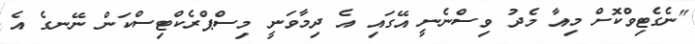
"ނެގެޓިވްކޮށް މިއާ މެދު ވިސްނެނީ އޭގައި އެ ދިމާވަނީ މިސްޕްރެކްޓިސްކަން ނޭނގެ އެ